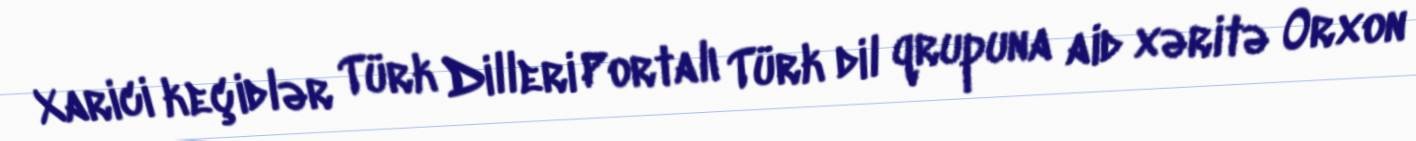
Xarici keçidlər Türk Dilleri Portalı Türk dil qrupuna aid xəritə Orxon